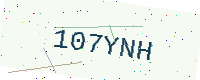
Text: 107YNH